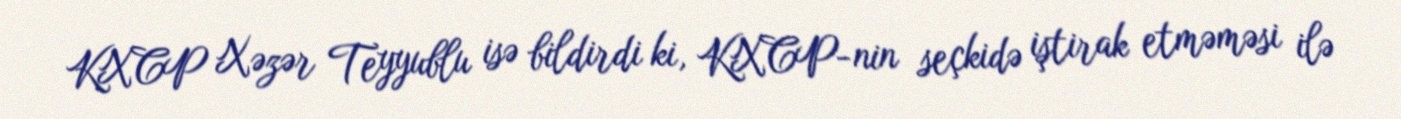
KXCP Xəzər Teyyublu isə bildirdi ki, KXCP-nin seçkidə iştirak etməməsi ilə